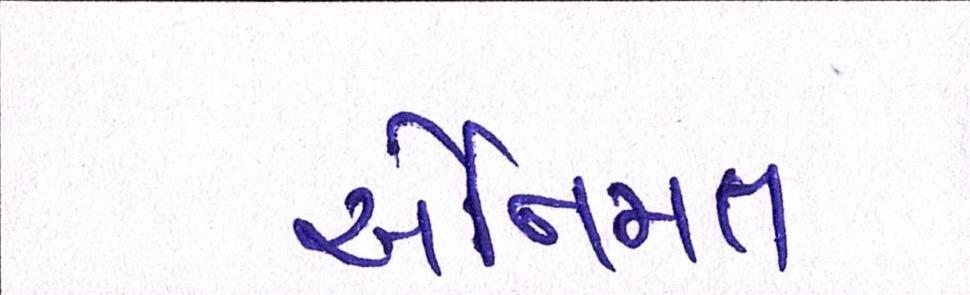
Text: એનિમલ